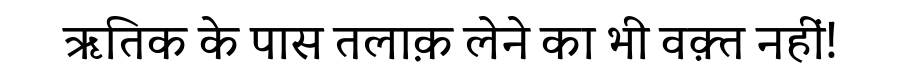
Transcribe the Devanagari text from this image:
ऋतिक के पास तलाक़ लेने का भी वक़्त नहीं!